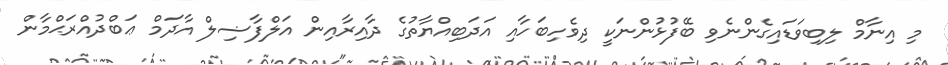
މި އިނާމް ލިބިވަޑައިގެންނެވި ބޭފުޅުންނަކީ ދިވެހިބަހާއި އަދަބިއްޔާތުގެ ދާއިރާއިން އަލްފާޟިލް އާދަމް ޢަބްދުއްރަޙްމާން